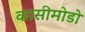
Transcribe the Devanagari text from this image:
कासीमोडो